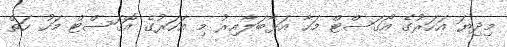
މިދިޔަ އަހަރުގެ އޯގަސްޓް މަހާ އަޅާބަލާއިރު މި އަހަރުގެ އޮގަސްޓް މަހު ހަތް